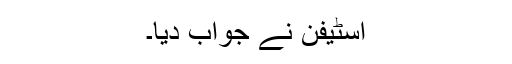
اسٹیفن نے جواب دیا۔